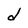
Character: d